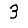
Digit: 3